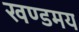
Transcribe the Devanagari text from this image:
खण्डमय